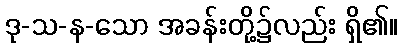
ဒု-သ-န-သော အခန်းတို့၌လည်း ရှိ၏။